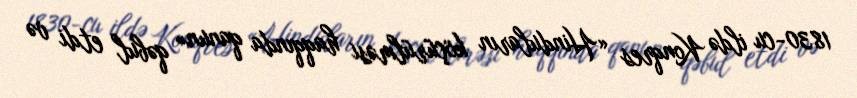
1830-cu ildə Konqres «Hinduların köçürülməsi haqqında qanun» qəbul etdi və